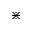
\divideontimes